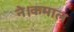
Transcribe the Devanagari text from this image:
ने।कमाल